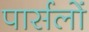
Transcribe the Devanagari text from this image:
पार्सलों